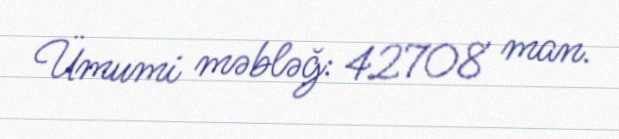
Ümumi məbləğ: 42708 man.